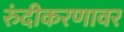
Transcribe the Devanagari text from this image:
रुंदीकरणावर